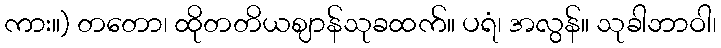
ကား။) တတော၊ ထိုတတိယဈာန်သုခထက်။ ပရံ၊ အလွန်။ သုခါဘာဝါ၊